Annual administration report of the Civil Veterinary Department of India - 1893-1894
Year: 1893
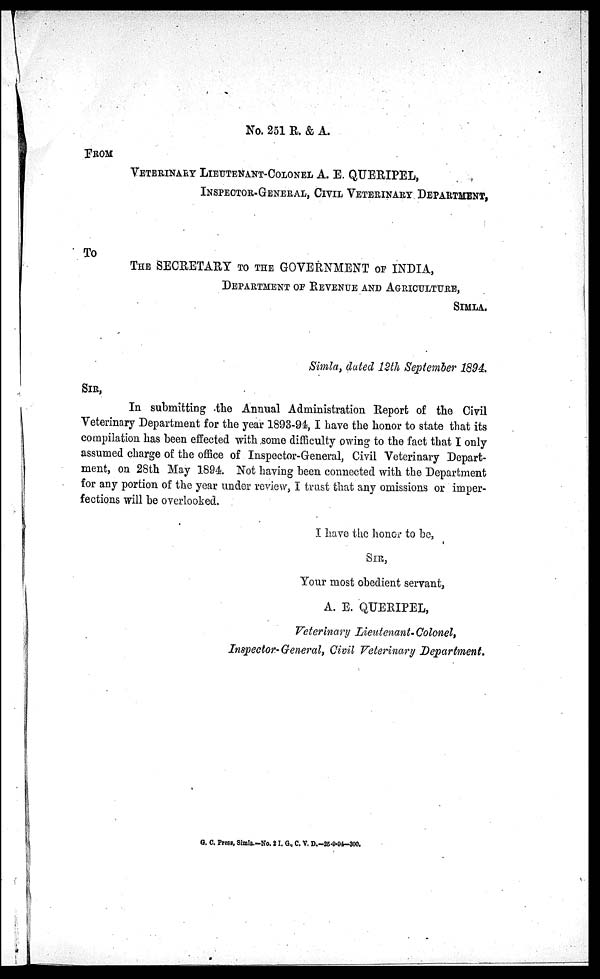
No. 251 R. & A.
FROM
VETERINARY LIEUTENANT-COLONEL A. E. QUERIPEL,
INSPECTOR-GENERAL, CIVIL VETERINARY DEPARTMENT,
To
THE SECRETARY TO THE GOVERNMENT OF INDIA,
DEPARTMENT OF REVENUE AND AGRICULTURE,
SIMLA.
Simla, dated 12th September 1894.
SIR,
In submitting the Annual Administration Report of the Civil
Veterinary Department for the year 1893-94, I have the honor to state that its
compilation has been effected with some difficulty owing to the fact that I only
assumed charge of the office of Inspector-General, Civil Veterinary Depart-
ment, on 28th May 1894. Not having been connected with the Department
for any portion of the year under review, I trust that any omissions or imper-
fections will be overlooked.
I have the honor to be,
SIR,
Your most obedient servant,
A. E. QUERIPEL,
Veterinary Lieutenant-Colonel,
Inspector- General, Civil Veterinary Department.